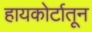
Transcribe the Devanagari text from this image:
हायकोर्टातून